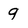
Character: 9